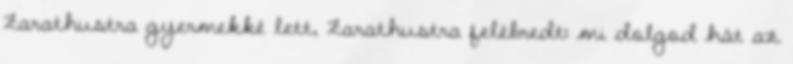
Zarathustra gyermekké lett, Zarathustra felébredt: mi dolgod hát az